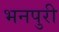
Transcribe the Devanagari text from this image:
भनपुरी